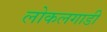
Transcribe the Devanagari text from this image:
लोकलगाडी